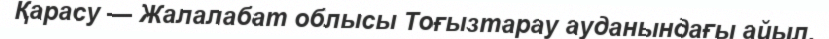
Қарасу — Жалалабат облысы Тоғызтарау ауданындағы айыл.